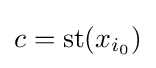
c={\rm {st}}(x_{i_{0}})